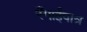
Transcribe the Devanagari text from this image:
रँगाईपात्र